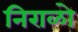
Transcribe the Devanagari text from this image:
निराळो